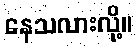
နေသလားလို့။